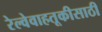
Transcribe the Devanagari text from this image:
रेल्वेवाहतूकीसाठी